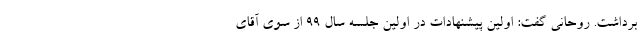
برداشت. روحانی گفت: اولین پیشنهادات در اولین جلسه سال ۹۹ از سوی آقای